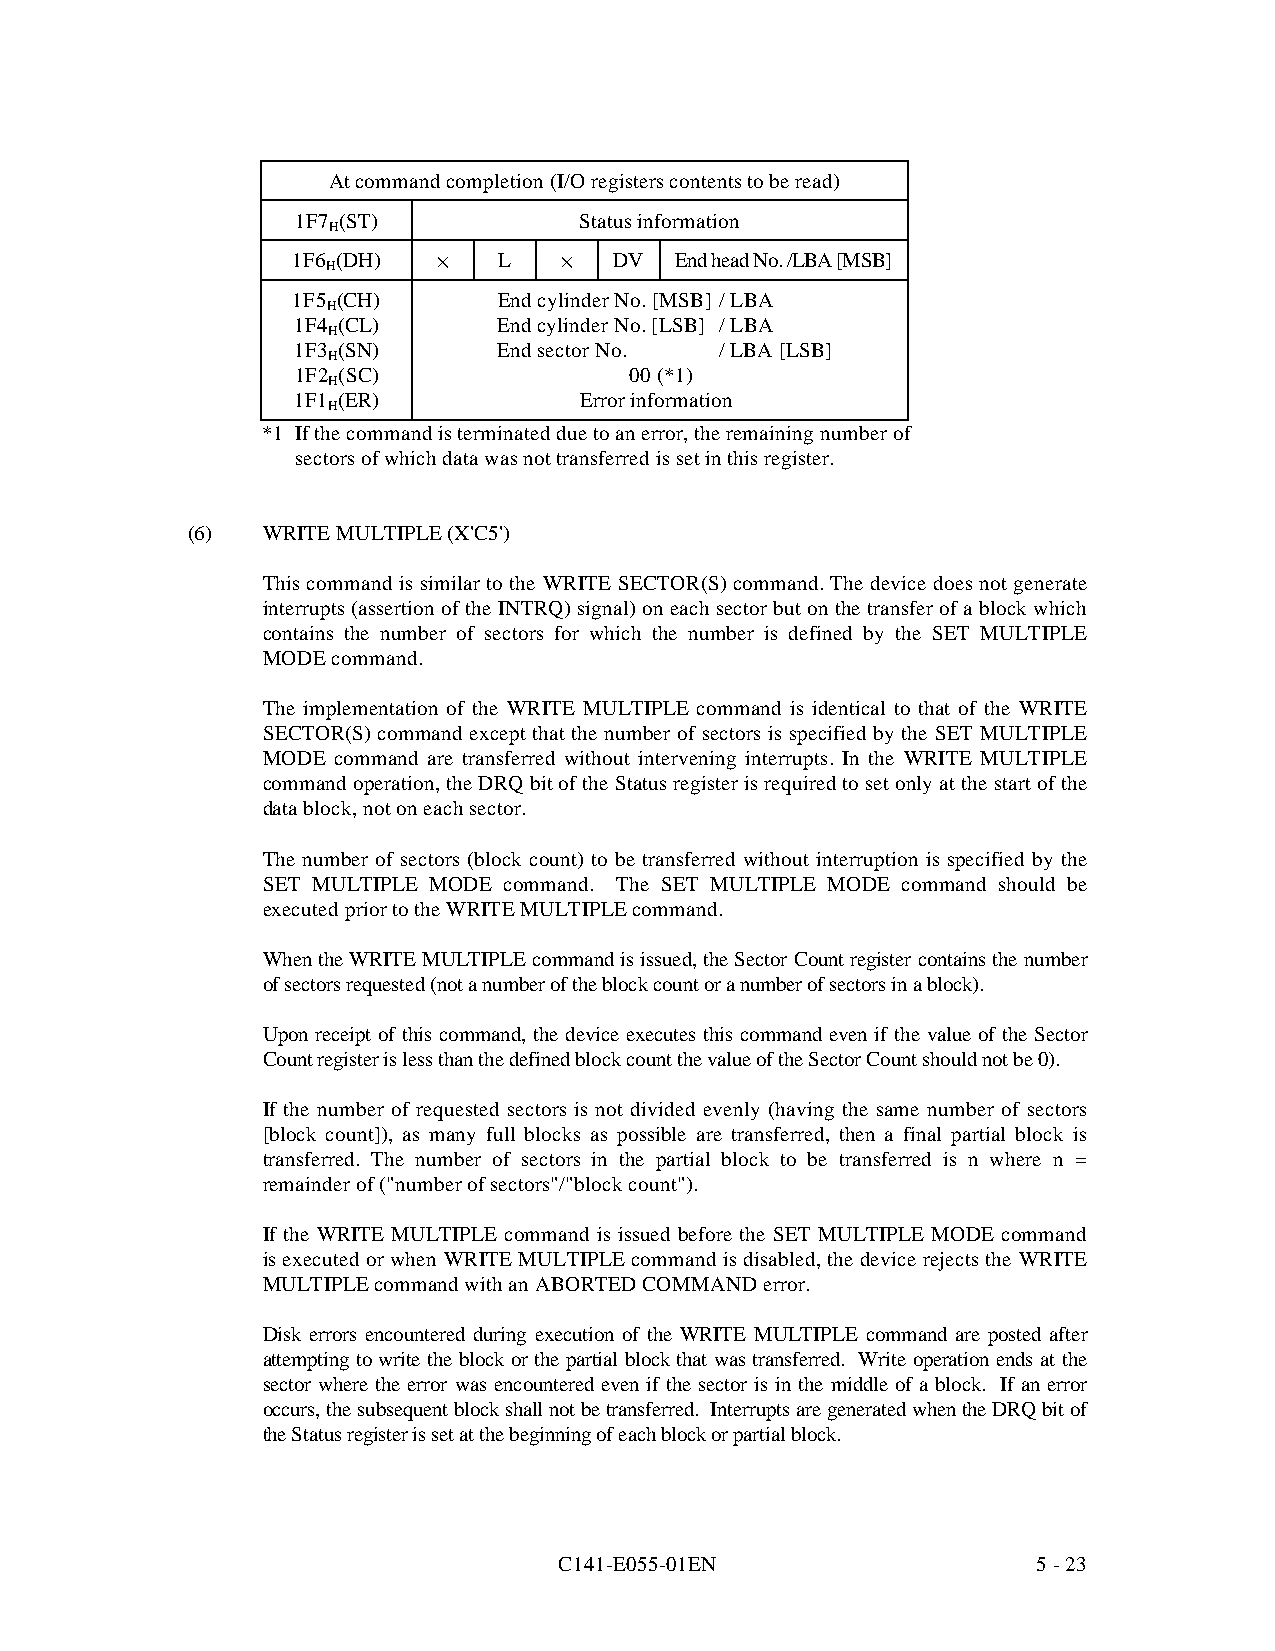
At command completion (I/O registers contents to be read)
 1F7 (ST)          Status information
 H
 1F6 (DH)  ·   L   ·   DV  End head No. /LBA [MSB]
 H
 1F5 (CH)      End cylinder No. [MSB] / LBA
 H
 1F4 (CL)      End cylinder No. [LSB] / LBA
 H
 1F3 (SN)      End sector No. / LBA [LSB]
 H
 1F2 (SC)              00 (*1)
 H
 1F1 (ER)           Error information
 H
 *1 If the command is terminated due to an error, the remainin g number of
 sectors of which data was not transferred is set in this register.
 (6)  WRITE MULTIPLE (X'C5')
 This command is similar to the WRITE SECTOR(S) command. The device does not generate
 interrupts (assertion of the INTRQ) signal) on each sector but on the transfer of a block which
 contains the number of sectors for which the number is defined by the SET MULTIPLE
 MODE command.
 The implementation of the WRITE MULTIPLE command is identical to that of the WRITE
 SECTOR(S) command except that the number of sectors is specified by the SET MULTIPLE
 MODE command are transferred without intervening interrupts. In the WRITE MULTIPLE
 command operation, the DRQ bit of the Status register is required to set only at the start of the
 data block, not on each sector.
 The number of sectors (block count) to be transferred without interruption is specified by the
 SET MULTIPLE MODE command. The SET MULTIPLE MODE command should be
 executed prior to the WRITE MULTIPLE command.
 When the WRITE MULTIPLE command is issued, the Sector Count register contains the number
 of sectors requested (not a number of the block count or a number of sectors in a block).
 Upon receipt of this command, the device executes this command even if the value of the Sector
 Count register is less than the defined block count the value of the Sector Count should not be 0).
 If the number of requested sectors is not divided evenly (having the same number of sectors
 [block count]), as many full blocks as possible are transferred, then a final partial block is
 transferred. The number of sectors in the partial block to be transferred is n where n =
 remainder of ("number of sectors"/"block count").
 If the WRITE MULTIPLE command is issued before the SET MULTIPLE MODE command
 is executed or when WRITE MULTIPLE command is disabled, the device rejects the WRITE
 MULTIPLE command with an ABORTED COMMAND error.
 Disk errors encountered during execution of the WRITE MULTIPLE command are posted after
 attempting to write the block or the partial block that was transferred. Write operation ends at the
 sector where the error was encountered even if the sector is in the middle of a block. If an error
 occurs, the subsequent block shall not be transferred. Interrupts are generated when the DRQ bit of
 the Status register is set at the beginning of each block or partial block.
 C141-E055-01EN                  5 - 23